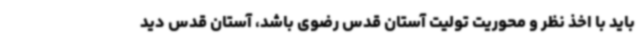
باید با اخذ نظر و محوریت تولیت آستان قدس رضوی باشد، آستان قدس دید